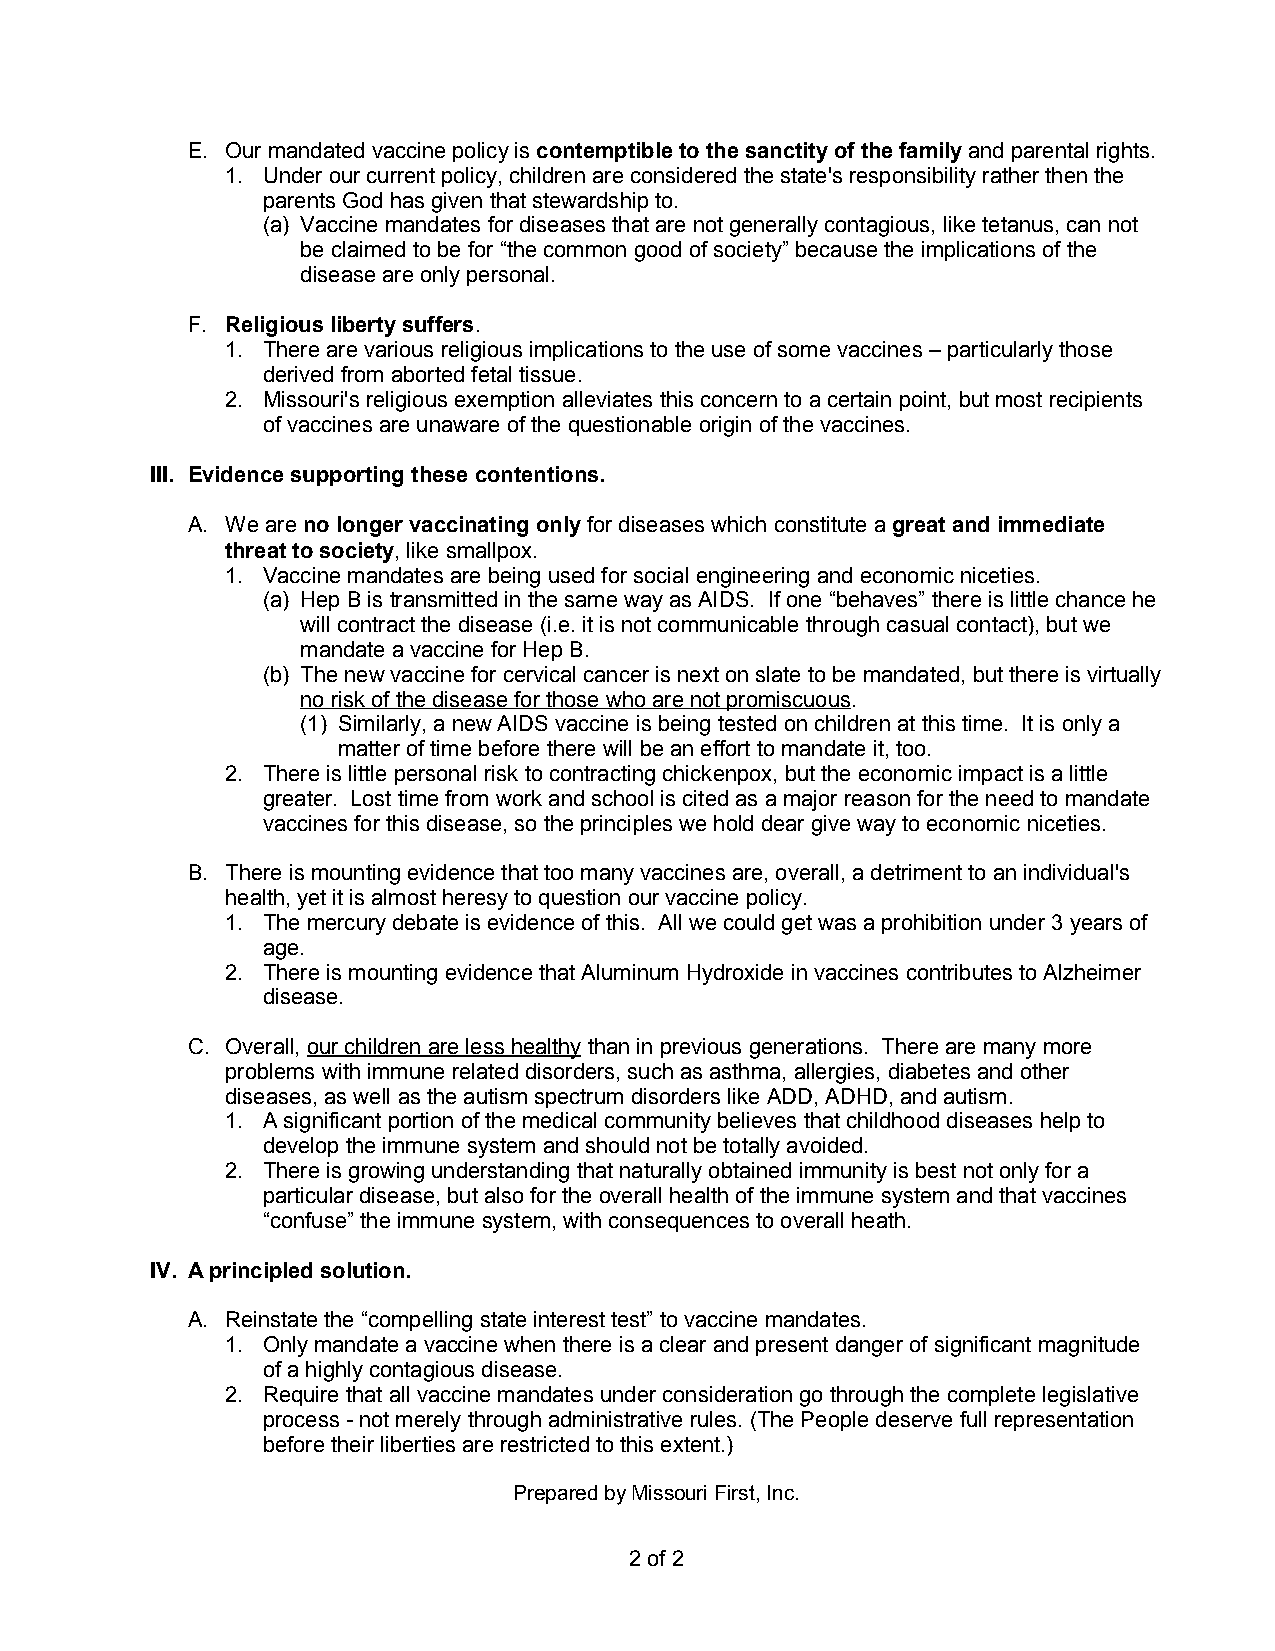
E. Our mandated vaccine policy is contemptible to the sanctity of the family and parental rights.
 1. Under our current policy, children are considered the state's responsibility rather then the
 parents God has given that stewardship to.
 (a) Vaccine mandates for diseases that are not generally contagious, like tetanus, can not
 be claimed to be for “the common good of society” because the implications of the
 disease are only personal.
 F. Religious liberty suffers.
 1. There are various religious implications to the use of some vaccines – particularly those
 derived from aborted fetal tissue.
 2. Missouri's religious exemption alleviates this concern to a certain point, but most recipients
 of vaccines are unaware of the questionable origin of the vaccines.
 III. Evidence supporting these contentions.
 A. We are no longer vaccinating only for diseases which constitute a great and immediate
 threat to society, like smallpox.
 1. Vaccine mandates are being used for social engineering and economic niceties.
 (a) Hep B is transmitted in the same way as AIDS. If one “behaves” there is little chance he
 will contract the disease (i.e. it is not communicable through casual contact), but we
 mandate a vaccine for Hep B.
 (b) The new vaccine for cervical cancer is next on slate to be mandated, but there is virtually
 no risk of the disease for those who are not promiscuous.
 (1) Similarly, a new AIDS vaccine is being tested on children at this time. It is only a
 matter of time before there will be an effort to mandate it, too.
 2. There is little personal risk to contracting chickenpox, but the economic impact is a little
 greater. Lost time from work and school is cited as a major reason for the need to mandate
 vaccines for this disease, so the principles we hold dear give way to economic niceties.
 B. There is mounting evidence that too many vaccines are, overall, a detriment to an individual's
 health, yet it is almost heresy to question our vaccine policy.
 1. The mercury debate is evidence of this. All we could get was a prohibition under 3 years of
 age.
 2. There is mounting evidence that Aluminum Hydroxide in vaccines contributes to Alzheimer
 disease.
 C. Overall, our children are less healthy than in previous generations. There are many more
 problems with immune related disorders, such as asthma, allergies, diabetes and other
 diseases, as well as the autism spectrum disorders like ADD, ADHD, and autism.
 1. A significant portion of the medical community believes that childhood diseases help to
 develop the immune system and should not be totally avoided.
 2. There is growing understanding that naturally obtained immunity is best not only for a
 particular disease, but also for the overall health of the immune system and that vaccines
 “confuse” the immune system, with consequences to overall heath.
 IV. A principled solution.
 A. Reinstate the “compelling state interest test” to vaccine mandates.
 1. Only mandate a vaccine when there is a clear and present danger of significant magnitude
 of a highly contagious disease.
 2. Require that all vaccine mandates under consideration go through the complete legislative
 process - not merely through administrative rules. (The People deserve full representation
 before their liberties are restricted to this extent.)
 Prepared by Missouri First, Inc.
 2 of 2